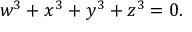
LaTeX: w ^ { 3 } + x ^ { 3 } + y ^ { 3 } + z ^ { 3 } = 0 .